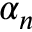
\alpha _ { n }